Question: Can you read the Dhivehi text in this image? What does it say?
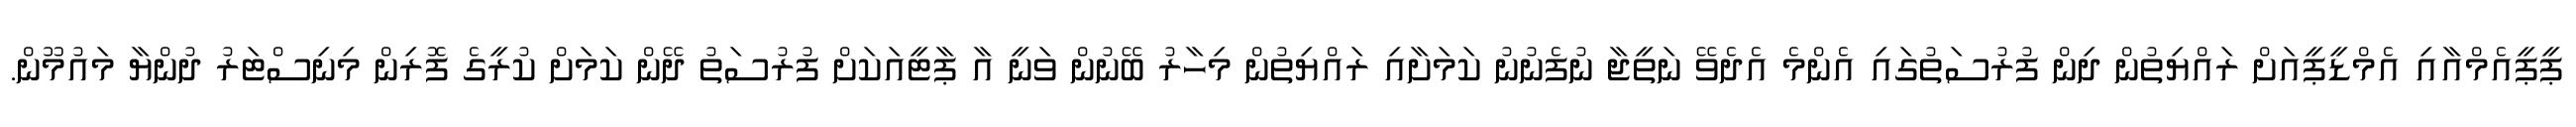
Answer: ޕީޕީއެމްއާއި އެމްޑީޕީއަށް ރައްޔިތުން ދިން ފުރުސަތުގައި އެންމެ އެދެވޭ ނަތީޖާ ނުފެނުނު ކަމަށާއި ރައްޔިތުން މިހާރު ބޭނުން ވަނީ އާ ޕާޓީއަކަށް ފުރުސަތު ދޭން ކަމަށް ކުރީގެ ފޮރިން މިނިސްޓަރު ދުންޔާ މައުމޫން.